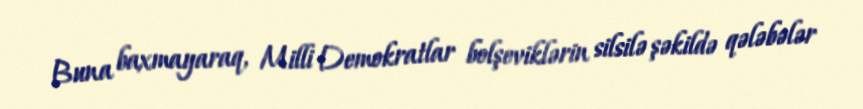
Buna baxmayaraq, Milli Demokratlar bolşeviklərin silsilə şəkildə qələbələr